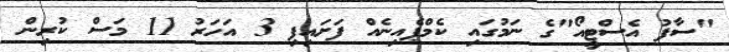
"ސާފު އެސްޓީއޯ"ގެ ނަމުގައި ކެމްޕެއިނެއް ފަށައިފި 3 އަހަރު 11 މަސް ކުރިން